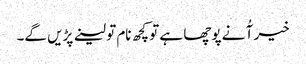
خیر آُ نے پوچھا ہے تو کچھ نام تو لینے پڑیں گے۔